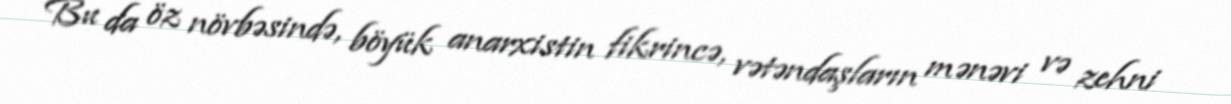
Bu da öz növbəsində, böyük anarxistin fikrincə, vətəndaşların mənəvi və zehni